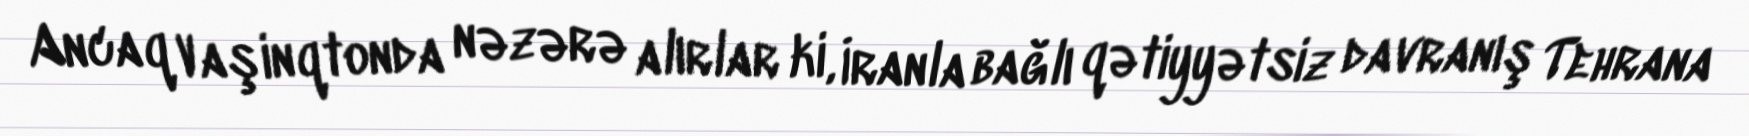
Ancaq Vaşinqtonda nəzərə alırlar ki, İranla bağlı qətiyyətsiz davranış Tehrana